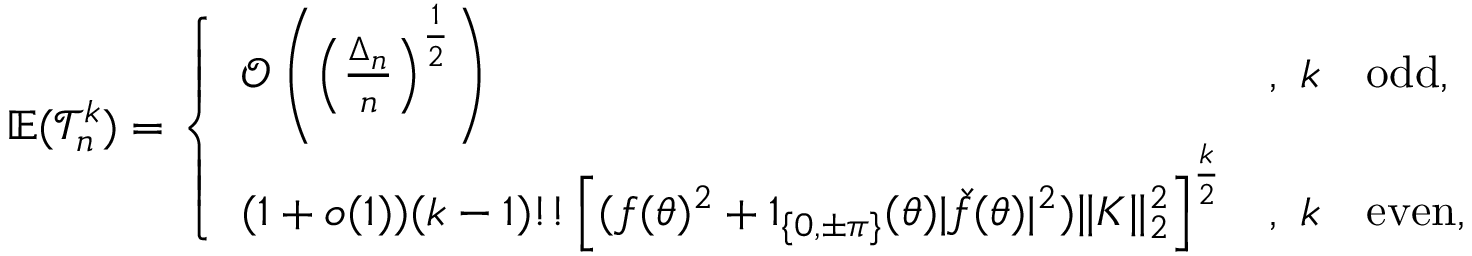
\mathbb { E } ( \mathcal T _ { n } ^ { k } ) = \left\{ \begin{array} { l l } { \mathcal { O } \left( \left( \frac { \Delta _ { n } } { n } \right) ^ { \frac { 1 } { 2 } } \right) } & { , \ k \quad \mathrm { o d d } , } \\ { ( 1 + o ( 1 ) ) ( k - 1 ) ! ! \left[ ( f ( \theta ) ^ { 2 } + 1 _ { \{ 0 , \pm \pi \} } ( \theta ) | \check { f } ( \theta ) | ^ { 2 } ) \| K \| _ { 2 } ^ { 2 } \right] ^ { \frac { k } { 2 } } } & { , \ k \quad \mathrm { e v e n } , } \end{array} \right.